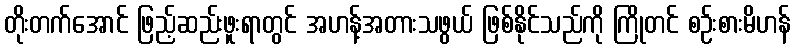
တိုးတက်အောင် ဖြည့်ဆည်းဖူးရာတွင် အဟန့်အတားသဖွယ် ဖြစ်နိုင်သည်ကို ကြိုတင် စဉ်းစားမိဟန်